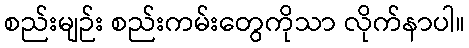
စည်းမျဉ်း စည်းကမ်းတွေကိုသာ လိုက်နာပါ။